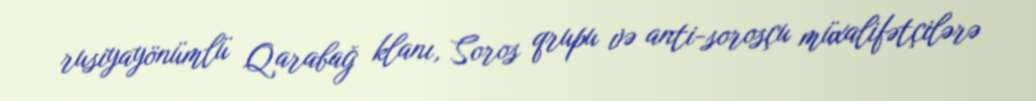
rusiyayönümlü Qarabağ klanı, Soros qrupu və anti-sorosçu müxalifətçilərə